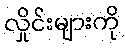
လှိုင်းများကို